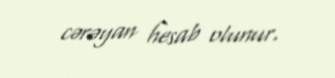
cərəyan hesab olunur.